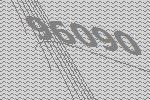
96090